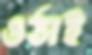
ওঠাই